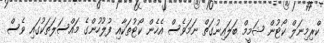
ކްރިމިނަލް ކޯޓުން ޝަމީމް ބަލައިނުގަތް ނަމަވެސް އެހެން ކޯޓުތަކާއި ފުލުހުންގެ މައްސަލަތަކުގައި ވެސް